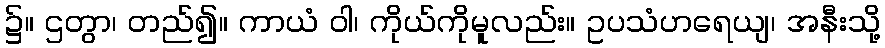
၌။ ဌတွာ၊ တည်၍။ ကာယံ ဝါ၊ ကိုယ်ကိုမူလည်း။ ဥပသံဟရေယျ၊ အနီးသို့